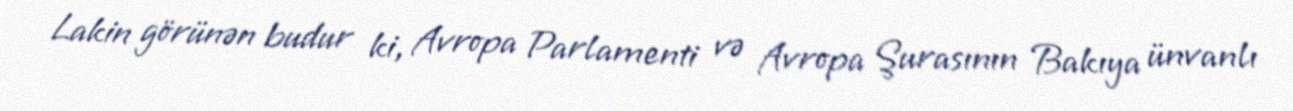
Lakin görünən budur ki, Avropa Parlamenti və Avropa Şurasının Bakıya ünvanlı